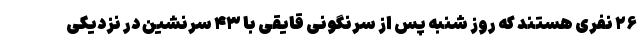
۲۶ نفری هستند که روز شنبه پس از سرنگونی قایقی با ۴۳ سرنشین در نزدیکی